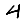
Digit: 4